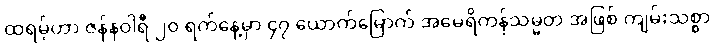
ထရမ့်ဟာ ဇန်နဝါရီ ၂၀ ရက်နေ့မှာ ၄၇ ယောက်မြောက် အမေရိကန်သမ္မတ အဖြစ် ကျမ်းသစ္စာ